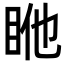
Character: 𥅂